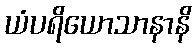
ယံပရိယောသာနာနိ